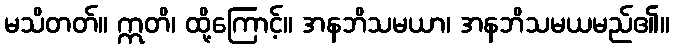
မသိတတ်။ ဣတိ၊ ထို့ကြောင့်။ အနဘိသမယာ၊ အနဘိသမယမည်၏။